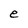
Character: e